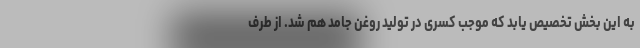
به این بخش تخصیص یابد که موجب کسری در تولید روغن جامد هم شد. از طرف